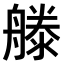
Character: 𣽨